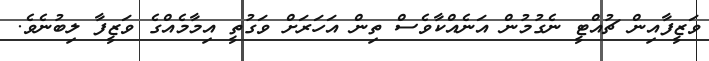
ވަޒީފާއިން ޗުއްޓީ ނެގުމުން އަނެއްކާވެސް ތިން އަހަރަށް ވަގުތީ އިމާމެއްގެ ވަޒީފާ ލިބުނެވެ.